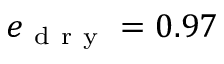
e _ { \mathrm { ~ d ~ r ~ y ~ } } = 0 . 9 7